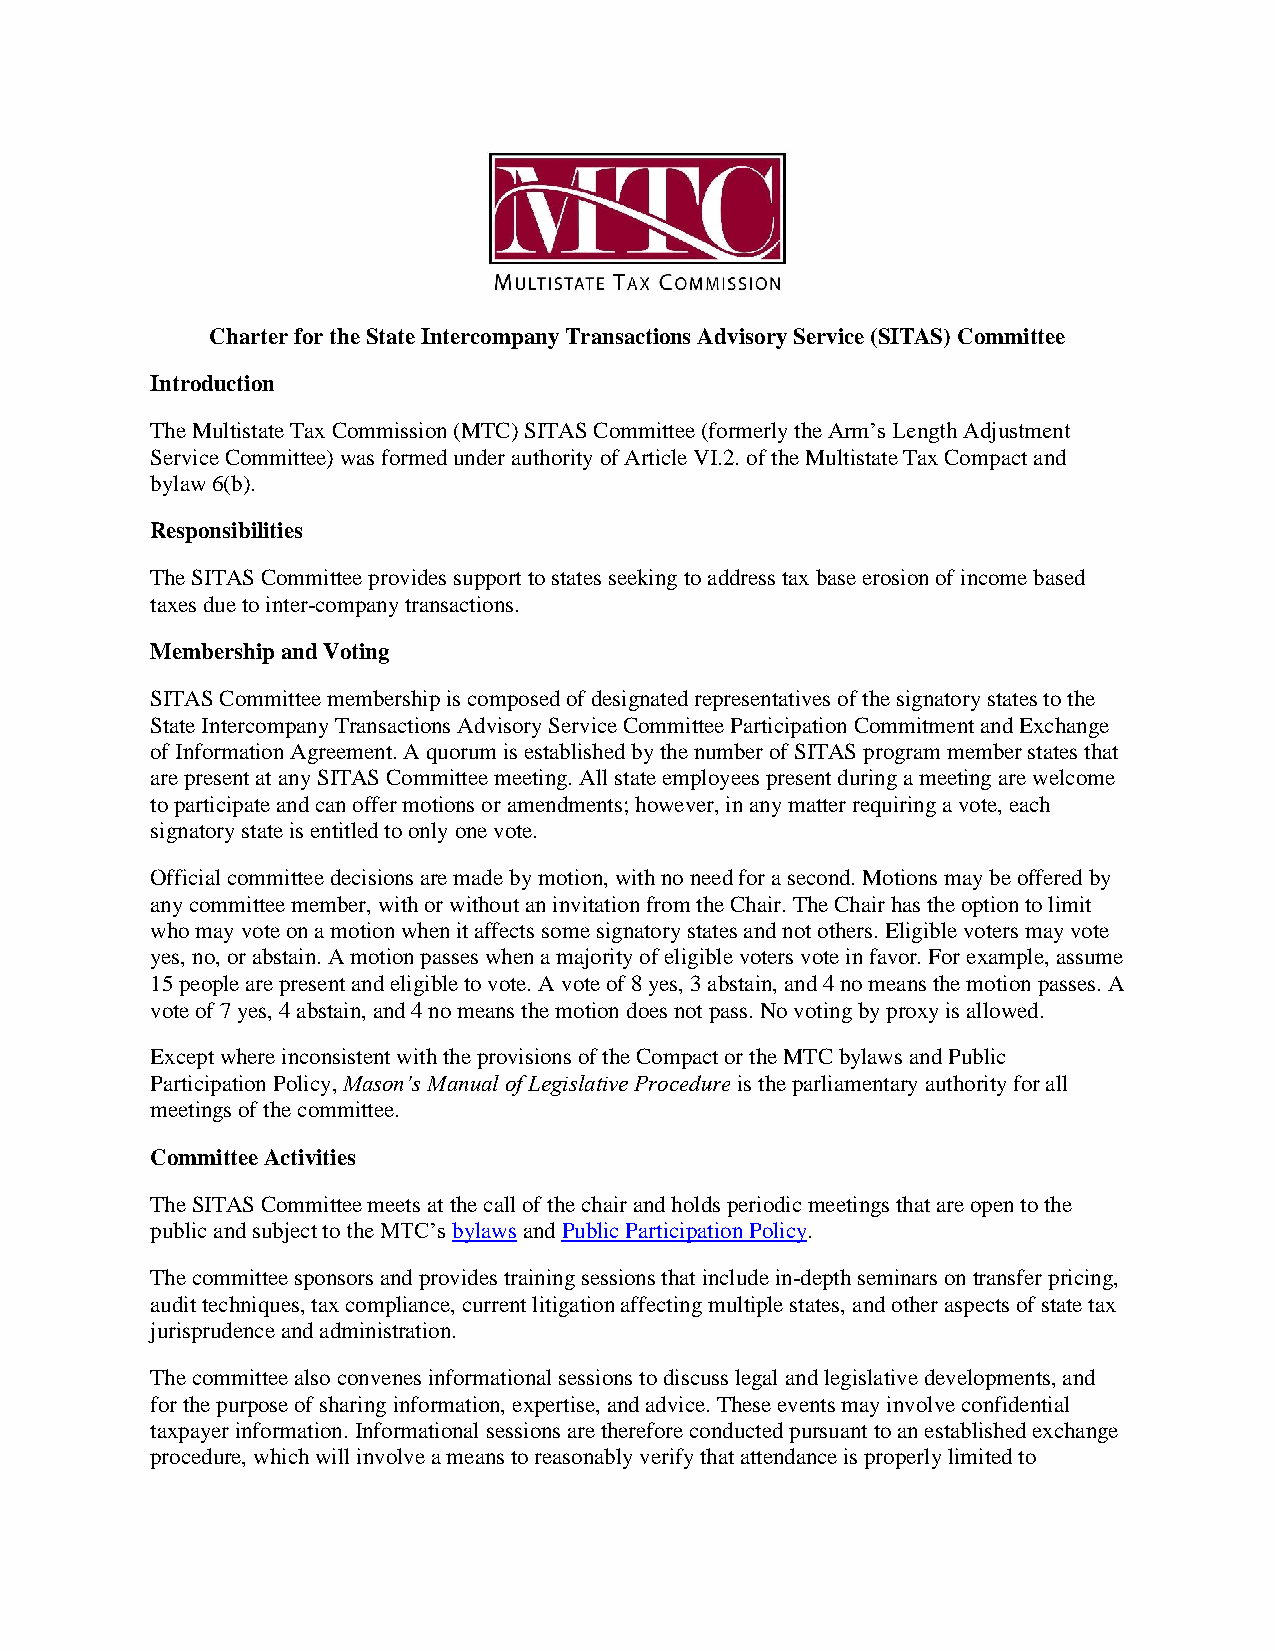
Charter for the State Intercompany Transactions Advisory Service (SITAS) Committee
 Introduction
 The Multistate Tax Commission (MTC) SITAS Committee (formerly the Arm’s Length Adjustment
 Service Committee) was formed under authority of Article VI.2. of the Multistate Tax Compact and
 bylaw 6(b).
 Responsibilities
 The SITAS Committee provides support to states seeking to address tax base erosion of income based
 taxes due to inter-company transactions.
 Membership and Voting
 SITAS Committee membership is composed of designated representatives of the signatory states to the
 State Intercompany Transactions Advisory Service Committee Participation Commitment and Exchange
 of Information Agreement. A quorum is established by the number of SITAS program member states that
 are present at any SITAS Committee meeting. All state employees present during a meeting are welcome
 to participate and can offer motions or amendments; however, in any matter requiring a vote, each
 signatory state is entitled to only one vote.
 Official committee decisions are made by motion, with no need for a second. Motions may be offered by
 any committee member, with or without an invitation from the Chair. The Chair has the option to limit
 who may vote on a motion when it affects some signatory states and not others. Eligible voters may vote
 yes, no, or abstain. A motion passes when a majority of eligible voters vote in favor. For example, assume
 15 people are present and eligible to vote. A vote of 8 yes, 3 abstain, and 4 no means the motion passes. A
 vote of 7 yes, 4 abstain, and 4 no means the motion does not pass. No voting by proxy is allowed.
 Except where inconsistent with the provisions of the Compact or the MTC bylaws and Public
 Participation Policy, Mason’s Manual of Legislative Procedure is the parliamentary authority for all
 meetings of the committee.
 Committee Activities
 The SITAS Committee meets at the call of the chair and holds periodic meetings that are open to the
 public and subject to the MTC’s bylaws and Public Participation Policy.
 The committee sponsors and provides training sessions that include in-depth seminars on transfer pricing,
 audit techniques, tax compliance, current litigation affecting multiple states, and other aspects of state tax
 jurisprudence and administration.
 The committee also convenes informational sessions to discuss legal and legislative developments, and
 for the purpose of sharing information, expertise, and advice. These events may involve confidential
 taxpayer information. Informational sessions are therefore conducted pursuant to an established exchange
 procedure, which will involve a means to reasonably verify that attendance is properly limited to